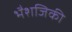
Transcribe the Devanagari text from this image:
भैशजिकी